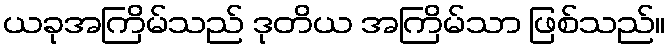
ယခုအကြိမ်သည် ဒုတိယ အကြိမ်သာ ဖြစ်သည်။